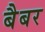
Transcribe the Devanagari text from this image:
बैबर